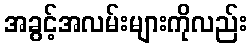
အခွင့်အလမ်းများကိုလည်း